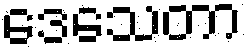
ဒေသေတာ